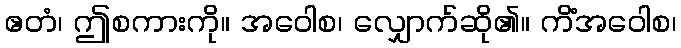
ဧတံ၊ ဤစကားကို။ အဝေါစ၊ လျှောက်ဆို၏။ ကိံအဝေါစ၊